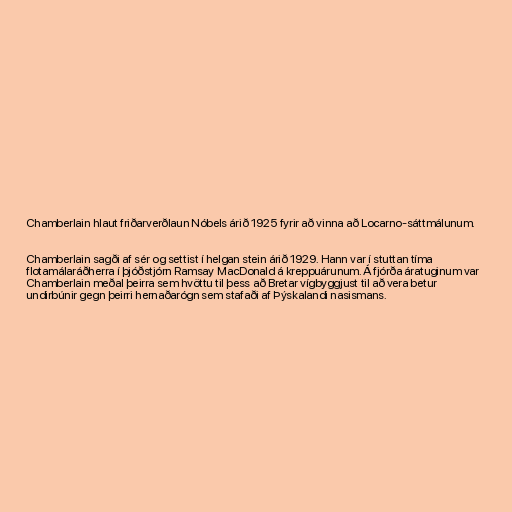
Chamberlain hlaut friðarverðlaun Nóbels árið 1925 fyrir að vinna að Locarno-sáttmálunum.

Chamberlain sagði af sér og settist í helgan stein árið 1929. Hann var í stuttan tíma
flotamálaráðherra í þjóðstjórn Ramsay MacDonald á kreppuárunum. Á fjórða áratuginum var
Chamberlain meðal þeirra sem hvöttu til þess að Bretar vígbyggjust til að vera betur
undirbúnir gegn þeirri hernaðarógn sem stafaði af Þýskalandi nasismans.